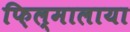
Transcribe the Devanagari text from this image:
फ़िल्मालाया